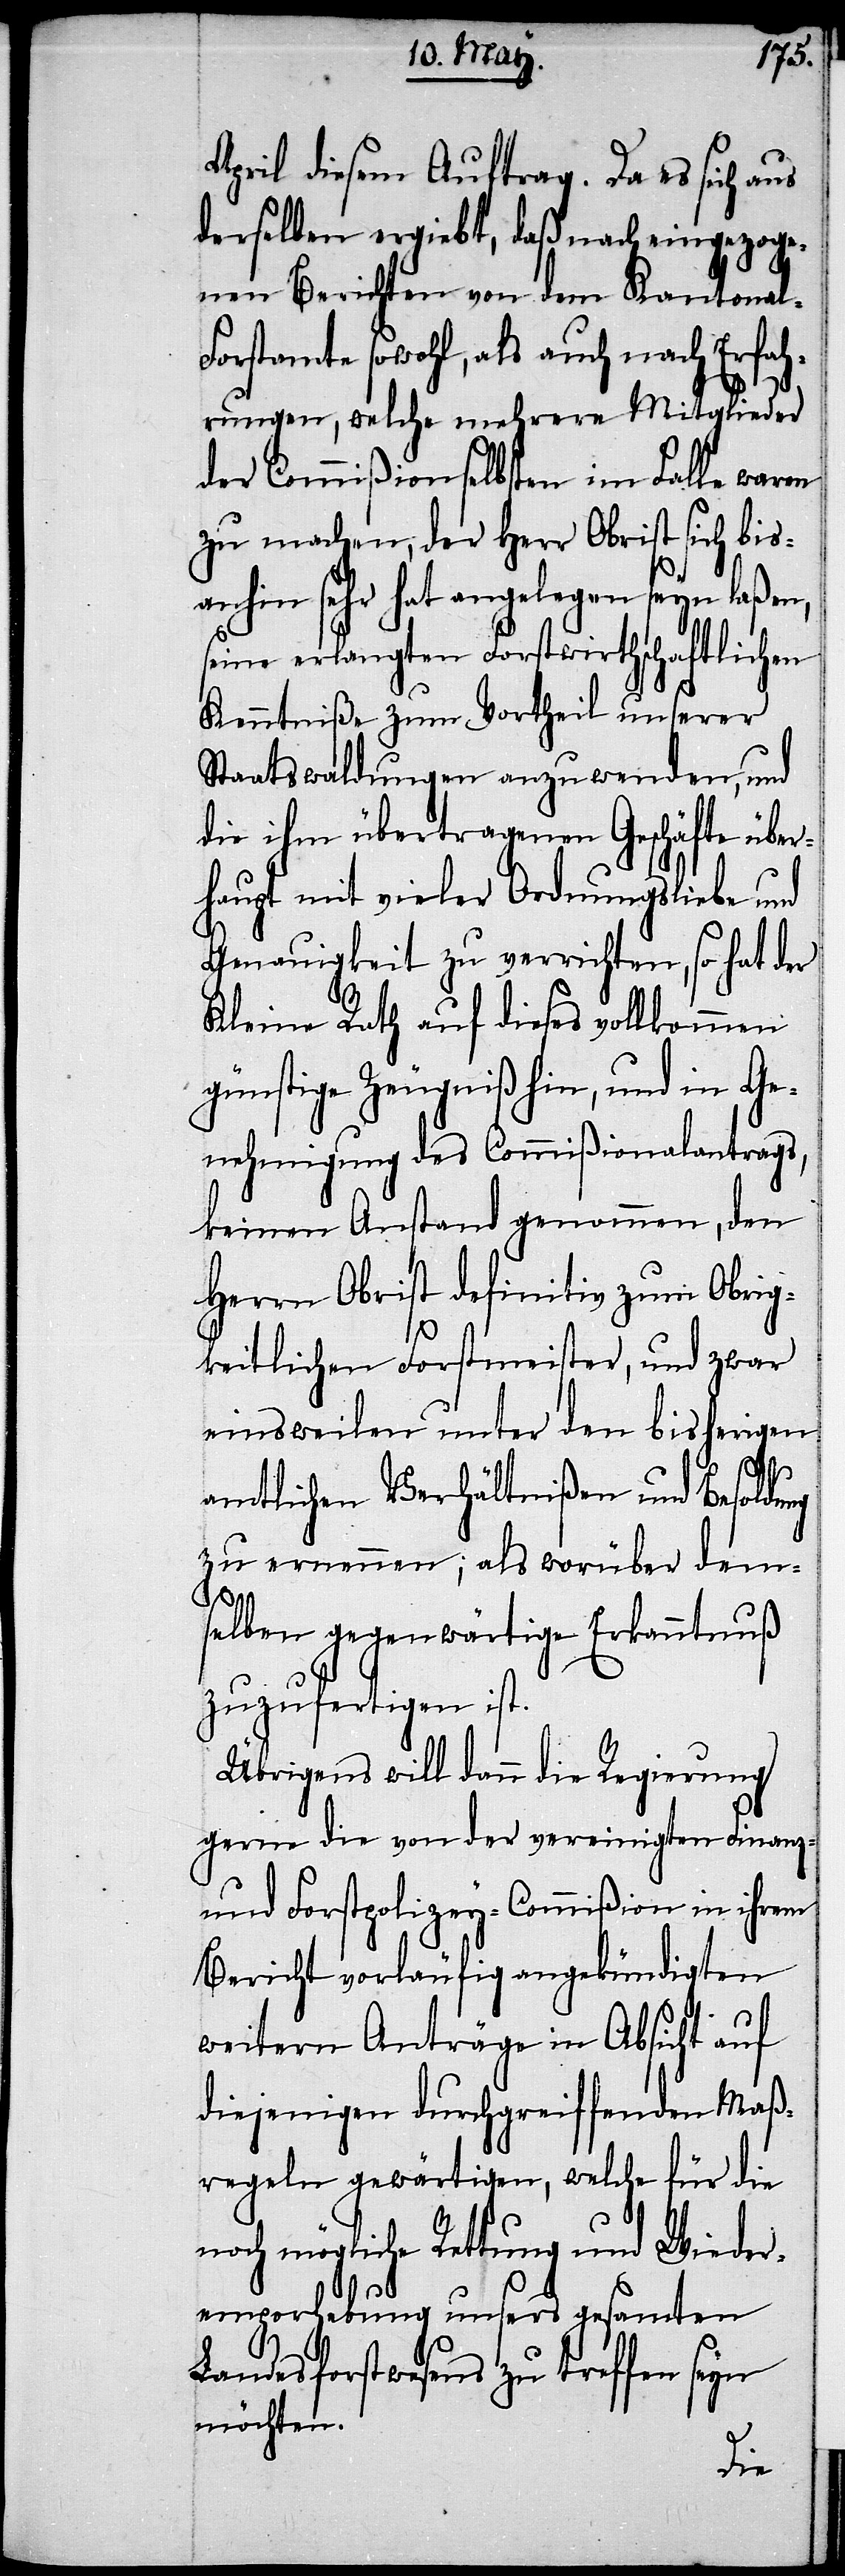
April diesem Auftrag. Da es sich aus
derselben ergiebt, daß nach eingezoge¬
nen Berichten von dem Kantonal-F¬
orstamte sowohl, als auch nach Erfah¬
rungen, welche mehrere Mitglieder
der Commißion selbsten im Falle waren
zu machen, der Herr Obrist sich bis¬
anhin sehr hat angelegen seyn laßen,
seine erlangten Forstwirthschaftlichen
Kenntniße zum Vortheil unserer
Staatswaldungen anzuwenden, und
die ihm übertragenen Geschäfte über¬
haupt mit vieler Ordnungsliebe und
Genauigkeit zu verrichten, so hat der
Kleine Rath auf dieses vollkommen
günstige Zeugniß hin, und in Ge¬
nehmigung des Commißionalantrags,
keinen Anstand genommen, den
Herrn Obrist definitiv zum Obrig¬
keitlichen Forstmeister, und zwar
einsweilen unter den bisherigen
amtlichen Verhältnißen und Besoldung
zu ernennen; als worüber dem¬
selben gegenwärtige Erkanntnuß
zuzufertigen ist.
Übrigens will dann die Regierung
gerne die von der vereinigten Finanz-
und Forstpolizey- Commißion in ihrem
Berichte vorläufig angekündigten
weitern Anträge in Absicht auf
diejenigen durchgreiffenden Maß¬
regeln gewärtigen, welche für die
noch mögliche Rettung und Wieder¬
emporhebung unsers gesamten
Landesforstwesens zu treffen seyn
möchten.